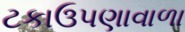
ટકાઉપણાવાળા